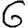
Digit: 6